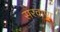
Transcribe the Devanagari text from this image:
सरवाण